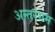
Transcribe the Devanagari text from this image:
अन्तरंगम